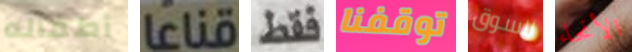
أطفاله قناعا فقط توقفنا للسوق الأنحاء